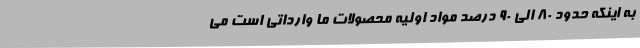
به اینکه حدود 80 الی 90 درصد مواد اولیه محصولات ما وارداتی است می